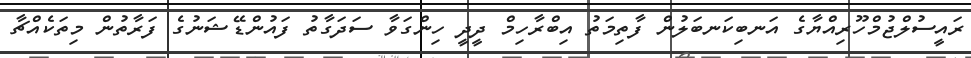
ރައީސުލްޖުމްހޫރިއްޔާގެ އަނބިކަނބަލުން ފާތިމަތު އިބްރާހިމް ދީދީ ހިންގަވާ ސަދަގާތު ފައުންޑޭޝަނުގެ ފަރާތުން މިތަކެއްޗާ